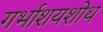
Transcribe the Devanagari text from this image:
गर्भाशयशोथ